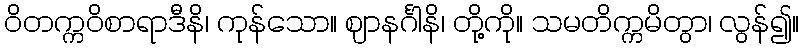
ဝိတက္ကဝိစာရာဒီနိ၊ ကုန်သော။ ဈာနင်္ဂါနိ၊ တို့ကို။ သမတိက္ကမိတွာ၊ လွန်၍။